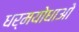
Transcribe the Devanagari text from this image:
धर्मयोधाओ